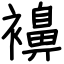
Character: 襣